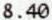
8.40